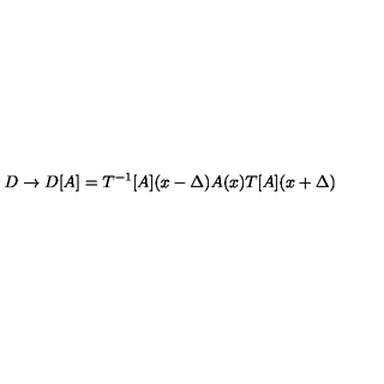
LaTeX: D \rightarrow D [ A ] = T ^ { - 1 } [ A ] ( x - \Delta ) A ( x ) T [ A ] ( x + \Delta )